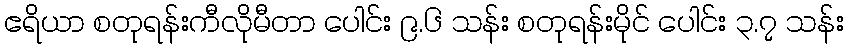
ဧရိယာ စတုရန်းကီလိုမီတာ ပေါင်း ၉.၆ သန်း စတုရန်းမိုင် ပေါင်း ၃.၇ သန်း